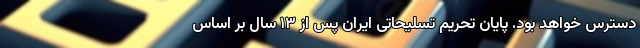
دسترس خواهد بود. پایان تحریم تسلیحاتی ایران پس از ۱۳ سال بر اساس